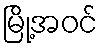
မြို့အဝင်